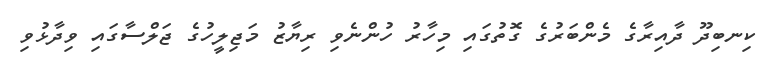
ކިނބިދޫ ދާއިރާގެ މެންބަރުގެ ގޮތުގައި މިހާރު ހުންނެވި ރިޔާޒު މަޖިލީހުގެ ޖަލްސާގައި ވިދާޅުވި